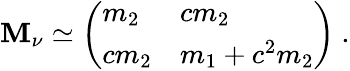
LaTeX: \mathbf{M}_{\nu}\simeq\left(\begin{array}{ll}{{m_{2}}}&{{cm_{2}}}\\ {{cm_{2}}}&{{m_{1}+c^{2}m_{2}}}\end{array}\right)\ .